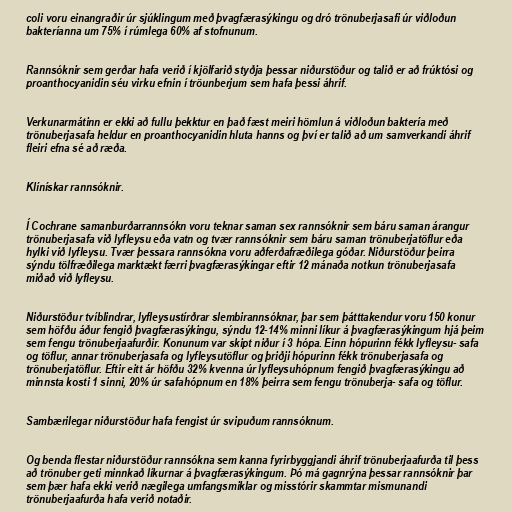
coli voru einangraðir úr sjúklingum með þvagfærasýkingu og dró trönuberjasafi úr viðloðun
bakteríanna um 75% í rúmlega 60% af stofnunum.

Rannsóknir sem gerðar hafa verið í kjölfarið styðja þessar niðurstöður og talið er að frúktósi og
proanthocyanidin séu virku efnin í tröunberjum sem hafa þessi áhrif.

Verkunarmátinn er ekki að fullu þekktur en það fæst meiri hömlun á viðloðun baktería með
trönuberjasafa heldur en proanthocyanidin hluta hanns og því er talið að um samverkandi áhrif
fleiri efna sé að ræða.

Klínískar rannsóknir.

Í Cochrane samanburðarrannsókn voru teknar saman sex rannsóknir sem báru saman árangur
trönuberjasafa við lyfleysu eða vatn og tvær rannsóknir sem báru saman trönuberjatöflur eða
hylki við lyfleysu. Tvær þessara rannsókna voru aðferðafræðilega góðar. Niðurstöður þeirra
sýndu tölfræðilega marktækt færri þvagfærasýkingar eftir 12 mánaða notkun trönuberjasafa
miðað við lyfleysu.

Niðurstöður tvíblindrar, lyfleysustírðrar slembirannsóknar, þar sem þátttakendur voru 150 konur
sem höfðu áður fengið þvagfærasýkingu, sýndu 12-14% minni líkur á þvagfærasýkingum hjá þeim
sem fengu trönuberjaafurðir. Konunum var skipt niður í 3 hópa. Einn hópurinn fékk lyfleysu- safa
og töflur, annar trönuberjasafa og lyfleysutöflur og þriðji hópurinn fékk trönuberjasafa og
trönuberjatöflur. Eftir eitt ár höfðu 32% kvenna úr lyfleysuhópnum fengið þvagfærasýkingu að
minnsta kosti 1 sinni, 20% úr safahópnum en 18% þeirra sem fengu trönuberja- safa og töflur.

Sambærilegar niðurstöður hafa fengist úr svipuðum rannsóknum.

Og benda flestar niðurstöður rannsókna sem kanna fyrirbyggjandi áhrif trönuberjaafurða til þess
að trönuber geti minnkað líkurnar á þvagfærasýkingum. Þó má gagnrýna þessar rannsóknir þar
sem þær hafa ekki verið nægilega umfangsmiklar og misstórir skammtar mismunandi
trönuberjaafurða hafa verið notaðir.